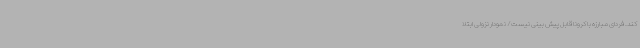
کند. فردای مبارزه با کرونا قابل پیش بینی نیست/ نمودار نزولی ابتلا